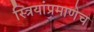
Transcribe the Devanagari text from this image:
स्त्रियांप्रमाणेच